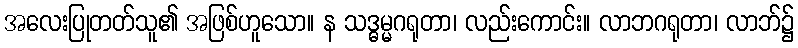
အလေးပြုတတ်သူ၏ အဖြစ်ဟူသော။ န သဒ္ဓမ္မဂရုတာ၊ လည်းကောင်း။ လာဘဂရုတာ၊ လာဘ်၌